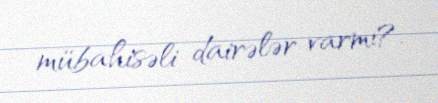
mübahisəli dairələr varmı?.